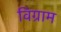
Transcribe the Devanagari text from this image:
विग्राम